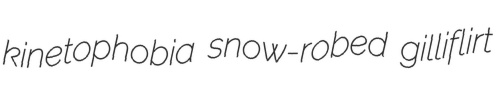
kinetophobia snow-robed gilliflirt